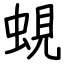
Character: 蜆